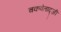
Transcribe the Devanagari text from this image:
चकवेताद्ज़ी